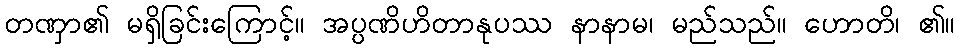
တဏှာ၏ မရှိခြင်းကြောင့်။ အပ္ပဏိဟိတာနုပဿ နာနာမ၊ မည်သည်။ ဟောတိ၊ ၏။